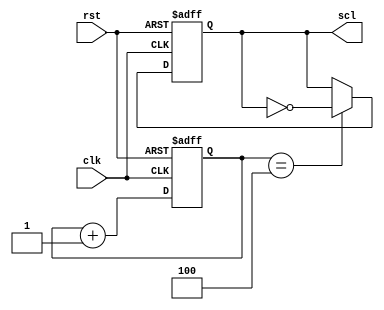
module i2c_timing_control_and_sync(
    input wire clk,
    input wire rst,
    output reg scl
);

parameter SCL_PERIOD = 10; // specify the period for the SCL signal

reg [3:0] count;
reg scl_reg;

always @(posedge clk or posedge rst) begin
    if (rst) begin
        count <= 0;
        scl_reg <= 1'b0;
    end else begin
        if (count == SCL_PERIOD / 2 - 1) begin
            scl_reg <= ~scl_reg;
        end
        count <= count + 1;
    end
end

assign scl = scl_reg;

endmodule